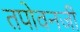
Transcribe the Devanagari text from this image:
तपोवनजी